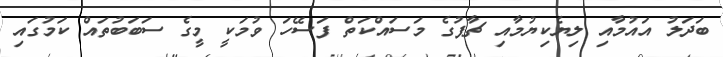
ބަދަލު އައުމާއި ލިޔެކިޔުމާއި ޗާޕުގެ މަސައްކަތް ފަސޭހަ ވުމަކީ މީގެ ސަބަބުތައް ކަމުގައި